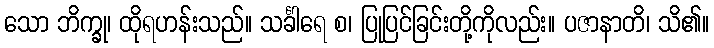
သော ဘိက္ခု၊ ထိုရဟန်းသည်။ သင်္ခါရေ စ၊ ပြုပြင်ခြင်းတို့ကိုလည်း။ ပဇာနာတိ၊ သိ၏။